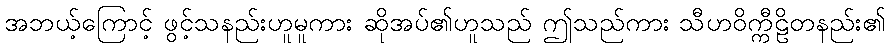
အဘယ့်ကြောင့် ဖွင့်သနည်းဟူမူကား ဆိုအပ်၏ဟူသည် ဤသည်ကား သီဟဝိက္ကီဠိတနည်း၏